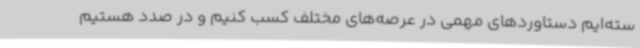
سته‌ایم دستاوردهای مهمی در عرصه‌های مختلف کسب کنیم و در صدد هستیم